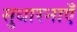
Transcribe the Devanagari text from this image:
सुधारनाएँ